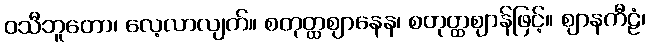
ဝသီဘူတော၊ လေ့လာလျက်။ စတုတ္ထဈာနေန၊ စတုတ္ထဈာန်ဖြင့်။ ဈာနကီဠံ၊